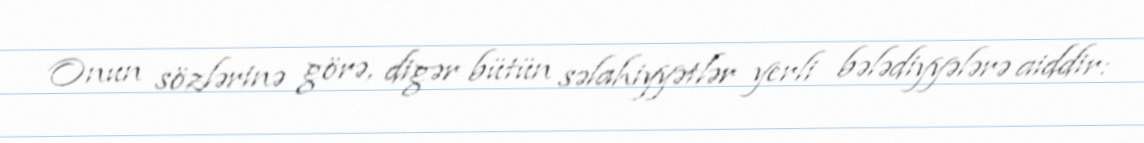
Onun sözlərinə görə, digər bütün səlahiyyətlər yerli bələdiyyələrə aiddir: